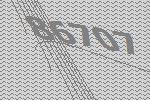
86707